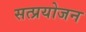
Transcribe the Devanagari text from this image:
सत्प्रयोजन